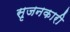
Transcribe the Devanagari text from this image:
सृजनकारी